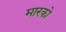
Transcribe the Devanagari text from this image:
मारको